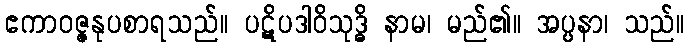
ဧကာဝဇ္ဇနုပစာရသည်။ ပဋိပဒါဝိသုဒ္ဓိ နာမ၊ မည်၏။ အပ္ပနာ၊ သည်။